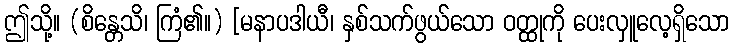
ဤသို့။ (စိန္တေသိ၊ ကြံ၏။) [မနာပဒါယီ၊ နှစ်သက်ဖွယ်သော ဝတ္ထုကို ပေးလှူလေ့ရှိသော